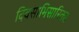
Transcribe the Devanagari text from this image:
दिवसाभिसारिका